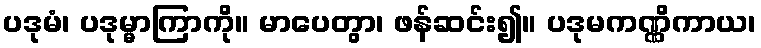
ပဒုမံ၊ ပဒုမ္မာကြာကို။ မာပေတွာ၊ ဖန်ဆင်း၍။ ပဒုမကဏ္ဏိကာယ၊